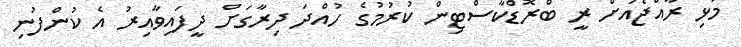
މުޅި ރާއްޖެއަށް ރީ ބްރޮޑްކާސްޓިން ކުރުމުގެ ހުއްދަ ދިރާގަށް ދީފައިވާއިރު އެ ކުންފުނި